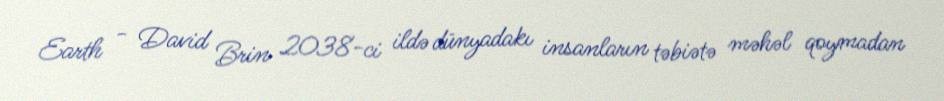
Earth - David Brin 2038-ci ildə dünyadakı insanların təbiətə məhəl qoymadan